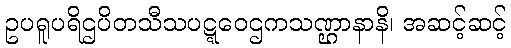
ဥပရူပရိဌပိတသီသပဋ္ဋဝေဌကသဏ္ဌာနာနိ၊ အဆင့်ဆင့်